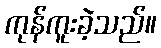
ကုန်ကူးခဲ့သည်။